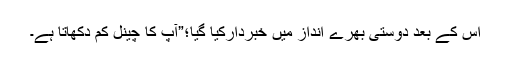
اس کے بعد دوستی بھرے انداز میں خبردارکیا گیا؛”آپ کا چینل کم دکھاتا ہے۔